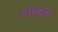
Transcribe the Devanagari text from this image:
परीक्षाका